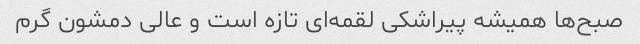
صبح‌ها همیشه پیراشکی لقمه‌ای تازه است و عالی دمشون گرم